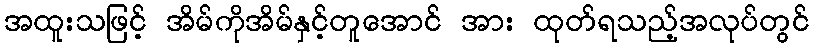
အထူးသဖြင့် အိမ်ကိုအိမ်နှင့်တူအောင် အား ထုတ်ရသည့်အလုပ်တွင်